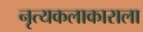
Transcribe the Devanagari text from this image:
नृत्यकलाकाराला